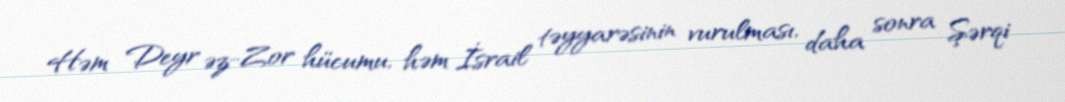
Həm Deyr əz-Zor hücumu, həm İsrail təyyarəsinin vurulması, daha sonra Şərqi